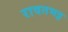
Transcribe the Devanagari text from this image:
रावतभट्ट